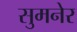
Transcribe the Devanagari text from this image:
सुमनेर